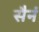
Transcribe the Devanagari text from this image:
सैनं